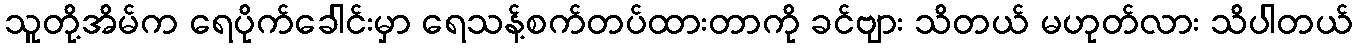
သူတို့အိမ်က ရေပိုက်ခေါင်းမှာ ရေသန့်စက်တပ်ထားတာကို ခင်ဗျား သိတယ် မဟုတ်လား သိပါတယ်